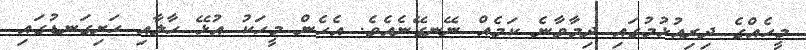
މީހެއްގެ ދިރިއުޅުމުގައި ދިމާވާނެ ކަމެއް ނޭނގޭނެއެވެ. އެހެން މީހަކު އުޅޭ ހާލާއި ހަށިގަނޑުގައި